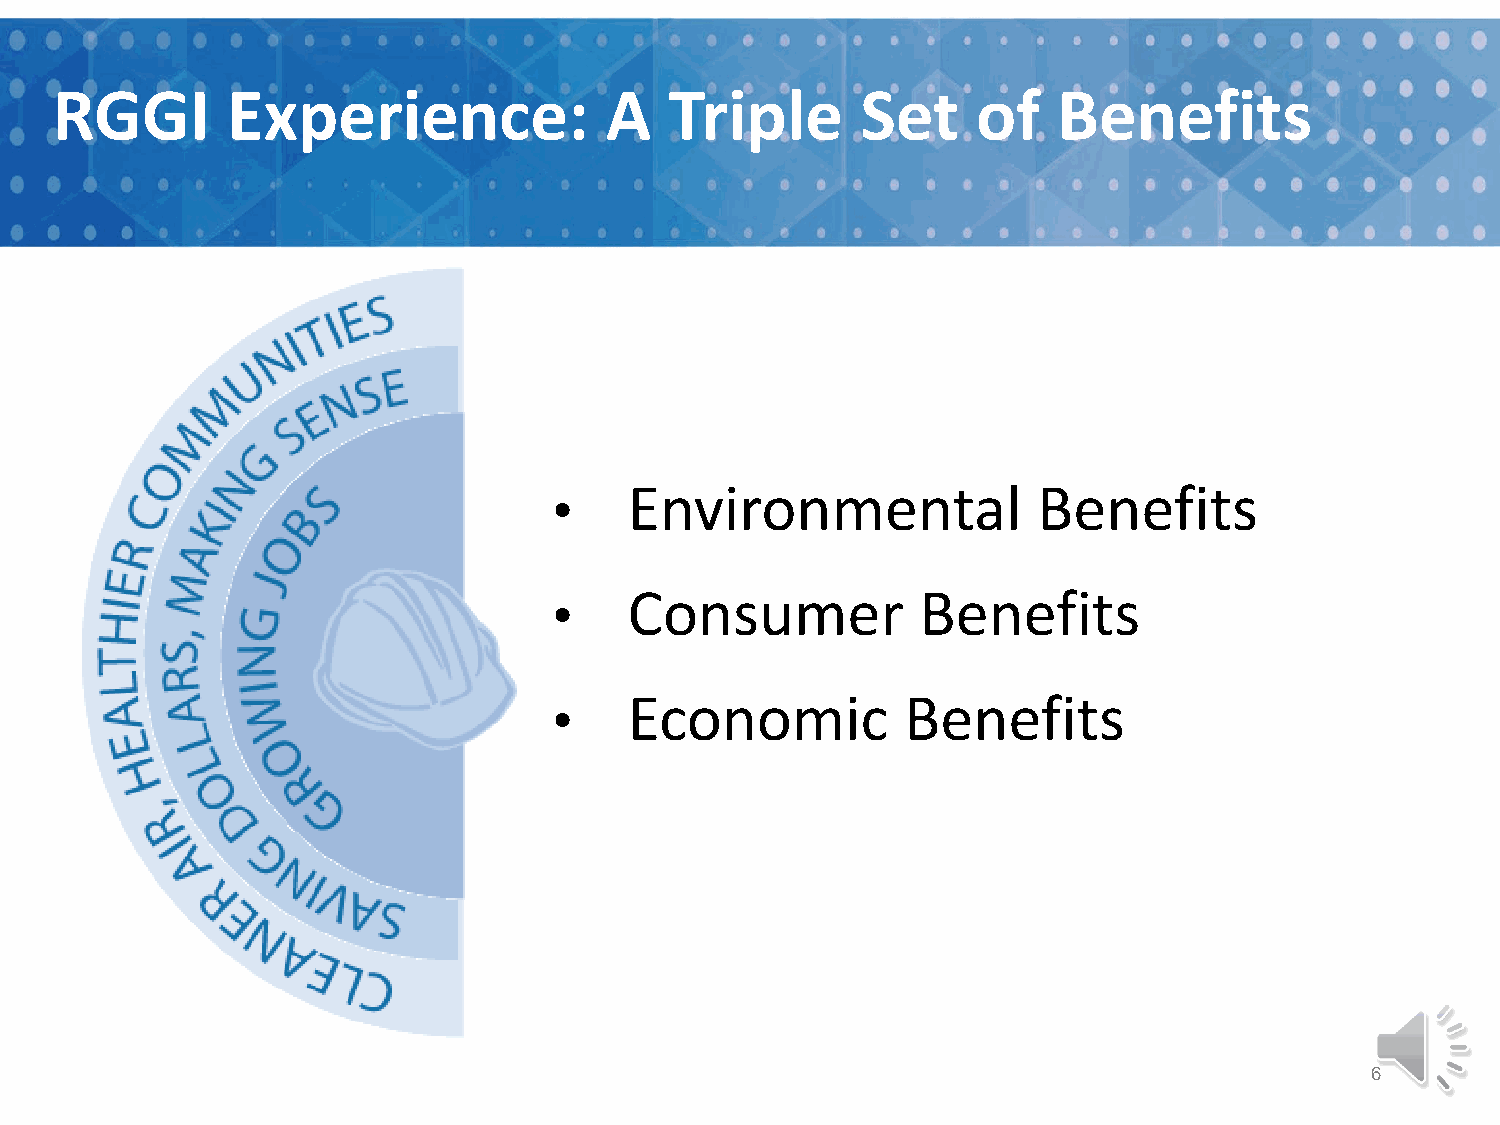
RGGI        Experience:              A   Triple       Set     of   Benefits
 Environmental              Benefits
 •
 Consumer           Benefits
 •
 Economic          Benefits
 •
 6